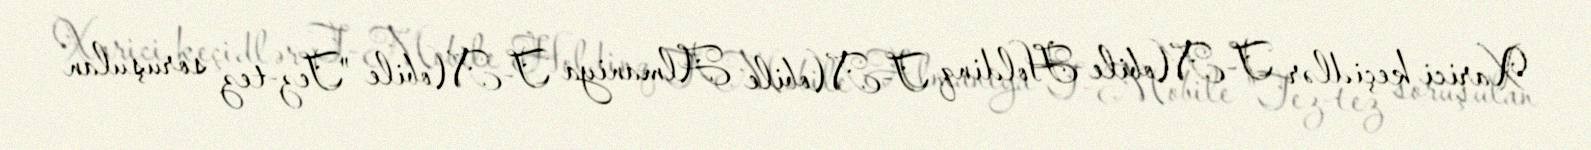
Xarici keçidlər T-Mobile Holdinq T-Mobile Almaniya T-Mobile "Tez-tez soruşulan